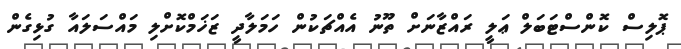
ޕޮލިސް ކޮންސްޓަބަލް ޢަލީ ރައްޒާނަށް ތޫނު އެއްޗަކުން ހަމަލާދީ ޒަޚަމްކޮށްލި މައްސަލައާ ގުޅިގެން